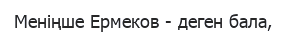
Меніңше Ермеков - деген бала,